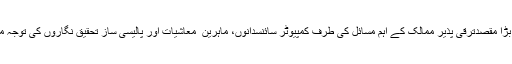
انکے لیکچر کا بڑا مقصدترقی پذیر ممالک کے اہم مسائل کی طرف کمپیوٹر سائنسدانوں، ماہرین ِ معاشیات اور پالیسی ساز تحقیق نگاروں کی توجہ مبذول کرا نا تھا۔